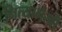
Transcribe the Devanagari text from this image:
नित्याभैरवी